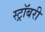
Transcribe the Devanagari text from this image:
स्ट्रॉबरी